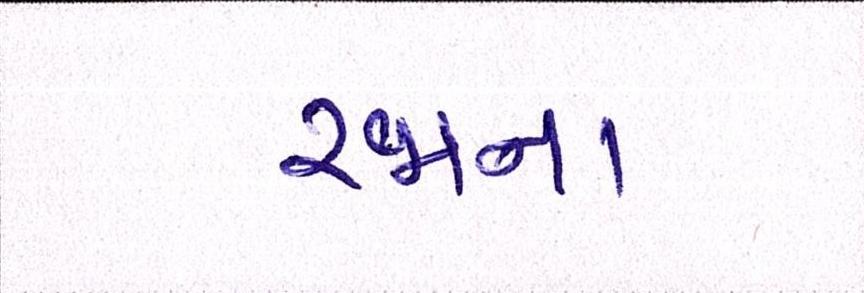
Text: રજાના